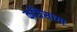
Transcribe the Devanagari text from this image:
काँग्रॆसच्या